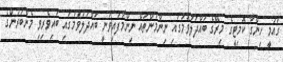
ގައުމީ ހިންގާ ކޮމިޓީގެ މިރޭގެ ބައްދަލުވުމުގައި ނިންމުންތައް ނިންމާފައިވަނީ ބައްދަލުވުމުގައި ބައިވެރިވި މެންބަރުންގެ